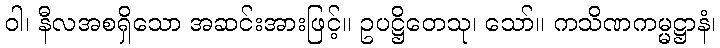
ဝါ၊ နီလအစရှိသော အဆင်းအားဖြင့်။ ဥပဋ္ဌိတေသု၊ သော်။ ကသိဏကမ္မဋ္ဌာနံ၊